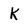
Character: K